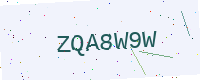
Text: ZQA8W9W